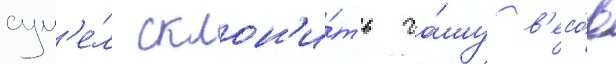
сум'е́л склон'и́ть ча́шу в'есо́в